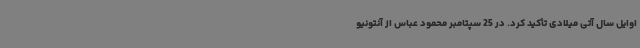
اوایل سال آتی میلادی تأکید کرد. در 25 سپتامبر محمود عباس از آنتونیو